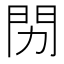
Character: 𬮅